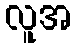
လူအ